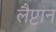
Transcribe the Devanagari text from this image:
लैप्टान